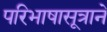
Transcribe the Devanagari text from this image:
परिभाषासूत्राने